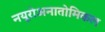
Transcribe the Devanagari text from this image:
नयूरोअनातोमिकल